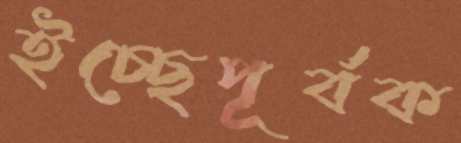
ইচ্ছেপূর্বক